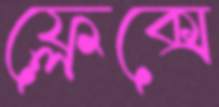
ফ্লেক্সে